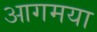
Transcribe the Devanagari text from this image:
आगमया